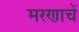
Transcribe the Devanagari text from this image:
मरणाचें